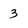
Character: 3